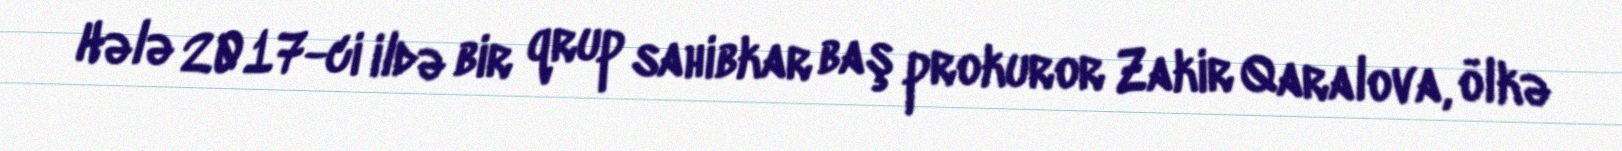
Hələ 2017-ci ildə bir qrup sahibkar baş prokuror Zakir Qaralova, ölkə